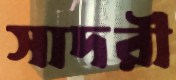
সাদরী